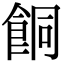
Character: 餇